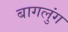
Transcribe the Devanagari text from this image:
बागलुंग